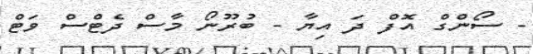
- ސޯންގް އޮފް ދަ އިޔާ - ބުރޫނޯ މާސް ދެޓްސް ވަޓް